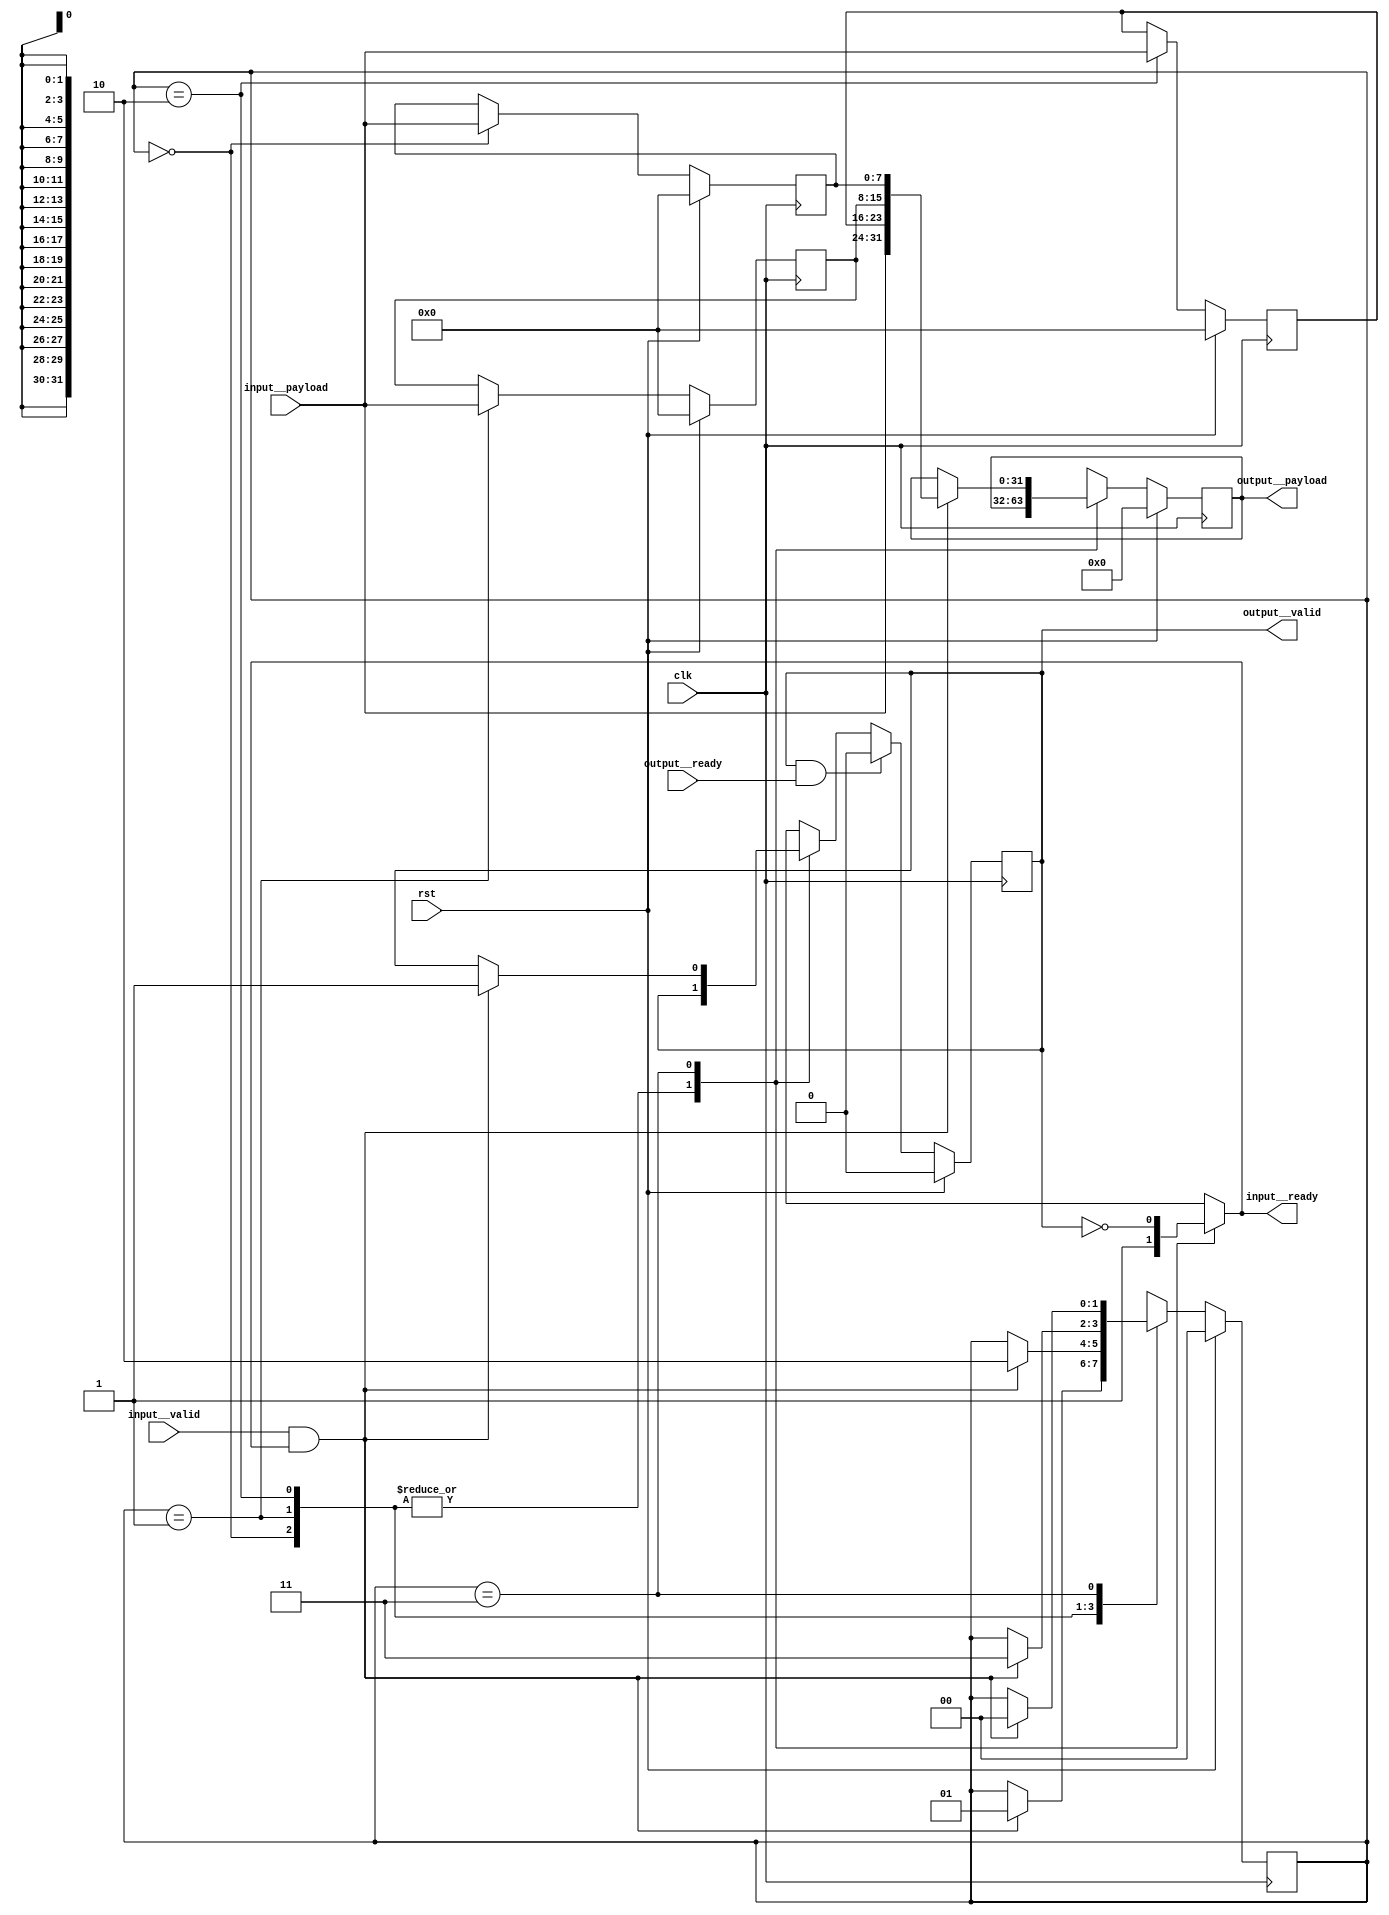
module gearbox(clk, input__valid, input__payload, input__ready, output__valid, output__payload, output__ready, rst);
  reg \initial  = 0;
  (* src = "/media/tim/GIT/tcal-x/CFU-Playground/proj/hps_accel/gateware/stream/gearbox.py:64" *)
  wire \$1 ;
  (* src = "/media/tim/GIT/tcal-x/CFU-Playground/proj/hps_accel/gateware/stream/stream.py:98" *)
  wire \$13 ;
  (* src = "/media/tim/GIT/tcal-x/CFU-Playground/proj/hps_accel/gateware/stream/stream.py:98" *)
  wire \$15 ;
  (* src = "/media/tim/GIT/tcal-x/CFU-Playground/proj/hps_accel/gateware/stream/stream.py:98" *)
  wire \$17 ;
  (* src = "/media/tim/GIT/tcal-x/CFU-Playground/proj/hps_accel/gateware/stream/stream.py:98" *)
  wire \$3 ;
  (* src = "/media/tim/GIT/tcal-x/CFU-Playground/proj/hps_accel/gateware/stream/stream.py:98" *)
  wire \$5 ;
  (* src = "/media/tim/GIT/tcal-x/CFU-Playground/proj/hps_accel/gateware/stream/stream.py:98" *)
  wire \$7 ;
  (* src = "/media/tim/GIT/tcal-x/CFU-Playground/proj/hps_accel/gateware/stream/stream.py:98" *)
  wire \$9 ;
  (* src = "/media/tim/GIT/tcal-x/CFU-Playground/third_party/python/nmigen/nmigen/hdl/ir.py:524" *)
  input clk;
  (* src = "/media/tim/GIT/tcal-x/CFU-Playground/proj/hps_accel/gateware/stream/gearbox.py:47" *)
  reg [1:0] fsm_state = 2'h0;
  (* src = "/media/tim/GIT/tcal-x/CFU-Playground/proj/hps_accel/gateware/stream/gearbox.py:47" *)
  reg [1:0] \fsm_state$next ;
  (* src = "/media/tim/GIT/tcal-x/CFU-Playground/proj/hps_accel/gateware/stream/gearbox.py:37" *)
  input [7:0] input__payload;
  (* src = "/media/tim/GIT/tcal-x/CFU-Playground/proj/hps_accel/gateware/stream/gearbox.py:37" *)
  output input__ready;
  reg input__ready;
  (* src = "/media/tim/GIT/tcal-x/CFU-Playground/proj/hps_accel/gateware/stream/gearbox.py:37" *)
  input input__valid;
  (* src = "/media/tim/GIT/tcal-x/CFU-Playground/proj/hps_accel/gateware/stream/gearbox.py:38" *)
  output [31:0] output__payload;
  reg [31:0] output__payload = 32'd0;
  (* src = "/media/tim/GIT/tcal-x/CFU-Playground/proj/hps_accel/gateware/stream/gearbox.py:38" *)
  reg [31:0] \output__payload$next ;
  (* src = "/media/tim/GIT/tcal-x/CFU-Playground/proj/hps_accel/gateware/stream/gearbox.py:38" *)
  input output__ready;
  (* src = "/media/tim/GIT/tcal-x/CFU-Playground/proj/hps_accel/gateware/stream/gearbox.py:38" *)
  output output__valid;
  (* src = "/media/tim/GIT/tcal-x/CFU-Playground/proj/hps_accel/gateware/stream/gearbox.py:43" *)
  reg [7:0] \register{i}  = 8'h00;
  (* src = "/media/tim/GIT/tcal-x/CFU-Playground/proj/hps_accel/gateware/stream/gearbox.py:43" *)
  reg [7:0] \register{i}$11  = 8'h00;
  (* src = "/media/tim/GIT/tcal-x/CFU-Playground/proj/hps_accel/gateware/stream/gearbox.py:43" *)
  reg [7:0] \register{i}$11$next ;
  (* src = "/media/tim/GIT/tcal-x/CFU-Playground/proj/hps_accel/gateware/stream/gearbox.py:43" *)
  reg [7:0] \register{i}$12  = 8'h00;
  (* src = "/media/tim/GIT/tcal-x/CFU-Playground/proj/hps_accel/gateware/stream/gearbox.py:43" *)
  reg [7:0] \register{i}$12$next ;
  (* src = "/media/tim/GIT/tcal-x/CFU-Playground/proj/hps_accel/gateware/stream/gearbox.py:43" *)
  reg [7:0] \register{i}$next ;
  (* src = "/media/tim/GIT/tcal-x/CFU-Playground/third_party/python/nmigen/nmigen/hdl/ir.py:524" *)
  input rst;
  (* src = "/media/tim/GIT/tcal-x/CFU-Playground/proj/hps_accel/gateware/stream/gearbox.py:44" *)
  reg waiting_to_send = 1'h0;
  (* src = "/media/tim/GIT/tcal-x/CFU-Playground/proj/hps_accel/gateware/stream/gearbox.py:44" *)
  reg \waiting_to_send$next ;
  assign \$9  = input__valid & (* src = "/media/tim/GIT/tcal-x/CFU-Playground/proj/hps_accel/gateware/stream/stream.py:98" *) input__ready;
  assign \$13  = input__valid & (* src = "/media/tim/GIT/tcal-x/CFU-Playground/proj/hps_accel/gateware/stream/stream.py:98" *) input__ready;
  assign \$15  = output__valid & (* src = "/media/tim/GIT/tcal-x/CFU-Playground/proj/hps_accel/gateware/stream/stream.py:98" *) output__ready;
  assign \$17  = input__valid & (* src = "/media/tim/GIT/tcal-x/CFU-Playground/proj/hps_accel/gateware/stream/stream.py:98" *) input__ready;
  assign \$1  = ~ (* src = "/media/tim/GIT/tcal-x/CFU-Playground/proj/hps_accel/gateware/stream/gearbox.py:64" *) waiting_to_send;
  assign \$3  = input__valid & (* src = "/media/tim/GIT/tcal-x/CFU-Playground/proj/hps_accel/gateware/stream/stream.py:98" *) input__ready;
  assign \$5  = input__valid & (* src = "/media/tim/GIT/tcal-x/CFU-Playground/proj/hps_accel/gateware/stream/stream.py:98" *) input__ready;
  assign \$7  = input__valid & (* src = "/media/tim/GIT/tcal-x/CFU-Playground/proj/hps_accel/gateware/stream/stream.py:98" *) input__ready;
  always @(posedge clk)
    output__payload <= \output__payload$next ;
  always @(posedge clk)
    waiting_to_send <= \waiting_to_send$next ;
  always @(posedge clk)
    \register{i}$12  <= \register{i}$12$next ;
  always @(posedge clk)
    \register{i}$11  <= \register{i}$11$next ;
  always @(posedge clk)
    fsm_state <= \fsm_state$next ;
  always @(posedge clk)
    \register{i}  <= \register{i}$next ;
  always @* begin
    if (\initial ) begin end
    (* full_case = 32'd1 *)
    (* src = "/media/tim/GIT/tcal-x/CFU-Playground/proj/hps_accel/gateware/stream/gearbox.py:47" *)
    casez (fsm_state)
      /* \nmigen.decoding  = "BYTE_0/0" */
      /* src = "/media/tim/GIT/tcal-x/CFU-Playground/proj/hps_accel/gateware/stream/gearbox.py:48" */
      2'h0:
          input__ready = 1'h1;
      /* \nmigen.decoding  = "BYTE_1/1" */
      /* src = "/media/tim/GIT/tcal-x/CFU-Playground/proj/hps_accel/gateware/stream/gearbox.py:53" */
      2'h1:
          input__ready = 1'h1;
      /* \nmigen.decoding  = "BYTE_2/2" */
      /* src = "/media/tim/GIT/tcal-x/CFU-Playground/proj/hps_accel/gateware/stream/gearbox.py:58" */
      2'h2:
          input__ready = 1'h1;
      /* \nmigen.decoding  = "BYTE_3/3" */
      /* src = "/media/tim/GIT/tcal-x/CFU-Playground/proj/hps_accel/gateware/stream/gearbox.py:63" */
      2'h3:
          input__ready = \$1 ;
    endcase
  end
  always @* begin
    if (\initial ) begin end
    \register{i}$next  = \register{i} ;
    (* src = "/media/tim/GIT/tcal-x/CFU-Playground/proj/hps_accel/gateware/stream/gearbox.py:47" *)
    casez (fsm_state)
      /* \nmigen.decoding  = "BYTE_0/0" */
      /* src = "/media/tim/GIT/tcal-x/CFU-Playground/proj/hps_accel/gateware/stream/gearbox.py:48" */
      2'h0:
          \register{i}$next  = input__payload;
    endcase
    (* src = "/media/tim/GIT/tcal-x/CFU-Playground/third_party/python/nmigen/nmigen/hdl/xfrm.py:519" *)
    casez (rst)
      1'h1:
          \register{i}$next  = 8'h00;
    endcase
  end
  always @* begin
    if (\initial ) begin end
    \fsm_state$next  = fsm_state;
    (* full_case = 32'd1 *)
    (* src = "/media/tim/GIT/tcal-x/CFU-Playground/proj/hps_accel/gateware/stream/gearbox.py:47" *)
    casez (fsm_state)
      /* \nmigen.decoding  = "BYTE_0/0" */
      /* src = "/media/tim/GIT/tcal-x/CFU-Playground/proj/hps_accel/gateware/stream/gearbox.py:48" */
      2'h0:
          (* src = "/media/tim/GIT/tcal-x/CFU-Playground/proj/hps_accel/gateware/stream/gearbox.py:51" *)
          casez (\$3 )
            /* src = "/media/tim/GIT/tcal-x/CFU-Playground/proj/hps_accel/gateware/stream/gearbox.py:51" */
            1'h1:
                \fsm_state$next  = 2'h1;
          endcase
      /* \nmigen.decoding  = "BYTE_1/1" */
      /* src = "/media/tim/GIT/tcal-x/CFU-Playground/proj/hps_accel/gateware/stream/gearbox.py:53" */
      2'h1:
          (* src = "/media/tim/GIT/tcal-x/CFU-Playground/proj/hps_accel/gateware/stream/gearbox.py:56" *)
          casez (\$5 )
            /* src = "/media/tim/GIT/tcal-x/CFU-Playground/proj/hps_accel/gateware/stream/gearbox.py:56" */
            1'h1:
                \fsm_state$next  = 2'h2;
          endcase
      /* \nmigen.decoding  = "BYTE_2/2" */
      /* src = "/media/tim/GIT/tcal-x/CFU-Playground/proj/hps_accel/gateware/stream/gearbox.py:58" */
      2'h2:
          (* src = "/media/tim/GIT/tcal-x/CFU-Playground/proj/hps_accel/gateware/stream/gearbox.py:61" *)
          casez (\$7 )
            /* src = "/media/tim/GIT/tcal-x/CFU-Playground/proj/hps_accel/gateware/stream/gearbox.py:61" */
            1'h1:
                \fsm_state$next  = 2'h3;
          endcase
      /* \nmigen.decoding  = "BYTE_3/3" */
      /* src = "/media/tim/GIT/tcal-x/CFU-Playground/proj/hps_accel/gateware/stream/gearbox.py:63" */
      2'h3:
          (* src = "/media/tim/GIT/tcal-x/CFU-Playground/proj/hps_accel/gateware/stream/gearbox.py:65" *)
          casez (\$9 )
            /* src = "/media/tim/GIT/tcal-x/CFU-Playground/proj/hps_accel/gateware/stream/gearbox.py:65" */
            1'h1:
                \fsm_state$next  = 2'h0;
          endcase
    endcase
    (* src = "/media/tim/GIT/tcal-x/CFU-Playground/third_party/python/nmigen/nmigen/hdl/xfrm.py:519" *)
    casez (rst)
      1'h1:
          \fsm_state$next  = 2'h0;
    endcase
  end
  always @* begin
    if (\initial ) begin end
    \register{i}$11$next  = \register{i}$11 ;
    (* src = "/media/tim/GIT/tcal-x/CFU-Playground/proj/hps_accel/gateware/stream/gearbox.py:47" *)
    casez (fsm_state)
      /* \nmigen.decoding  = "BYTE_0/0" */
      /* src = "/media/tim/GIT/tcal-x/CFU-Playground/proj/hps_accel/gateware/stream/gearbox.py:48" */
      2'h0:
          /* empty */;
      /* \nmigen.decoding  = "BYTE_1/1" */
      /* src = "/media/tim/GIT/tcal-x/CFU-Playground/proj/hps_accel/gateware/stream/gearbox.py:53" */
      2'h1:
          \register{i}$11$next  = input__payload;
    endcase
    (* src = "/media/tim/GIT/tcal-x/CFU-Playground/third_party/python/nmigen/nmigen/hdl/xfrm.py:519" *)
    casez (rst)
      1'h1:
          \register{i}$11$next  = 8'h00;
    endcase
  end
  always @* begin
    if (\initial ) begin end
    \register{i}$12$next  = \register{i}$12 ;
    (* src = "/media/tim/GIT/tcal-x/CFU-Playground/proj/hps_accel/gateware/stream/gearbox.py:47" *)
    casez (fsm_state)
      /* \nmigen.decoding  = "BYTE_0/0" */
      /* src = "/media/tim/GIT/tcal-x/CFU-Playground/proj/hps_accel/gateware/stream/gearbox.py:48" */
      2'h0:
          /* empty */;
      /* \nmigen.decoding  = "BYTE_1/1" */
      /* src = "/media/tim/GIT/tcal-x/CFU-Playground/proj/hps_accel/gateware/stream/gearbox.py:53" */
      2'h1:
          /* empty */;
      /* \nmigen.decoding  = "BYTE_2/2" */
      /* src = "/media/tim/GIT/tcal-x/CFU-Playground/proj/hps_accel/gateware/stream/gearbox.py:58" */
      2'h2:
          \register{i}$12$next  = input__payload;
    endcase
    (* src = "/media/tim/GIT/tcal-x/CFU-Playground/third_party/python/nmigen/nmigen/hdl/xfrm.py:519" *)
    casez (rst)
      1'h1:
          \register{i}$12$next  = 8'h00;
    endcase
  end
  always @* begin
    if (\initial ) begin end
    \waiting_to_send$next  = waiting_to_send;
    (* full_case = 32'd1 *)
    (* src = "/media/tim/GIT/tcal-x/CFU-Playground/proj/hps_accel/gateware/stream/gearbox.py:47" *)
    casez (fsm_state)
      /* \nmigen.decoding  = "BYTE_0/0" */
      /* src = "/media/tim/GIT/tcal-x/CFU-Playground/proj/hps_accel/gateware/stream/gearbox.py:48" */
      2'h0:
          /* empty */;
      /* \nmigen.decoding  = "BYTE_1/1" */
      /* src = "/media/tim/GIT/tcal-x/CFU-Playground/proj/hps_accel/gateware/stream/gearbox.py:53" */
      2'h1:
          /* empty */;
      /* \nmigen.decoding  = "BYTE_2/2" */
      /* src = "/media/tim/GIT/tcal-x/CFU-Playground/proj/hps_accel/gateware/stream/gearbox.py:58" */
      2'h2:
          /* empty */;
      /* \nmigen.decoding  = "BYTE_3/3" */
      /* src = "/media/tim/GIT/tcal-x/CFU-Playground/proj/hps_accel/gateware/stream/gearbox.py:63" */
      2'h3:
          (* src = "/media/tim/GIT/tcal-x/CFU-Playground/proj/hps_accel/gateware/stream/gearbox.py:65" *)
          casez (\$13 )
            /* src = "/media/tim/GIT/tcal-x/CFU-Playground/proj/hps_accel/gateware/stream/gearbox.py:65" */
            1'h1:
                \waiting_to_send$next  = 1'h1;
          endcase
    endcase
    (* src = "/media/tim/GIT/tcal-x/CFU-Playground/proj/hps_accel/gateware/stream/gearbox.py:73" *)
    casez (\$15 )
      /* src = "/media/tim/GIT/tcal-x/CFU-Playground/proj/hps_accel/gateware/stream/gearbox.py:73" */
      1'h1:
          \waiting_to_send$next  = 1'h0;
    endcase
    (* src = "/media/tim/GIT/tcal-x/CFU-Playground/third_party/python/nmigen/nmigen/hdl/xfrm.py:519" *)
    casez (rst)
      1'h1:
          \waiting_to_send$next  = 1'h0;
    endcase
  end
  always @* begin
    if (\initial ) begin end
    \output__payload$next  = output__payload;
    (* full_case = 32'd1 *)
    (* src = "/media/tim/GIT/tcal-x/CFU-Playground/proj/hps_accel/gateware/stream/gearbox.py:47" *)
    casez (fsm_state)
      /* \nmigen.decoding  = "BYTE_0/0" */
      /* src = "/media/tim/GIT/tcal-x/CFU-Playground/proj/hps_accel/gateware/stream/gearbox.py:48" */
      2'h0:
          /* empty */;
      /* \nmigen.decoding  = "BYTE_1/1" */
      /* src = "/media/tim/GIT/tcal-x/CFU-Playground/proj/hps_accel/gateware/stream/gearbox.py:53" */
      2'h1:
          /* empty */;
      /* \nmigen.decoding  = "BYTE_2/2" */
      /* src = "/media/tim/GIT/tcal-x/CFU-Playground/proj/hps_accel/gateware/stream/gearbox.py:58" */
      2'h2:
          /* empty */;
      /* \nmigen.decoding  = "BYTE_3/3" */
      /* src = "/media/tim/GIT/tcal-x/CFU-Playground/proj/hps_accel/gateware/stream/gearbox.py:63" */
      2'h3:
          (* src = "/media/tim/GIT/tcal-x/CFU-Playground/proj/hps_accel/gateware/stream/gearbox.py:65" *)
          casez (\$17 )
            /* src = "/media/tim/GIT/tcal-x/CFU-Playground/proj/hps_accel/gateware/stream/gearbox.py:65" */
            1'h1:
                \output__payload$next  = { input__payload, \register{i}$12 , \register{i}$11 , \register{i}  };
          endcase
    endcase
    (* src = "/media/tim/GIT/tcal-x/CFU-Playground/third_party/python/nmigen/nmigen/hdl/xfrm.py:519" *)
    casez (rst)
      1'h1:
          \output__payload$next  = 32'd0;
    endcase
  end
  assign output__valid = waiting_to_send;
endmodule